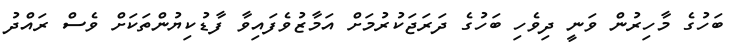
ބަހުގެ މާހިރުން ވަނީ ދިވެހި ބަހުގެ ދަރަޖަކުރުމަށް އަމާޒުވެފައިވާ ފާޑުކިޔުންތަކަށް ވެސް ރައްދު